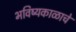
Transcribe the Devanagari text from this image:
भविष्यकाळाचे